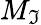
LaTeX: M_{\mathfrak{I}}